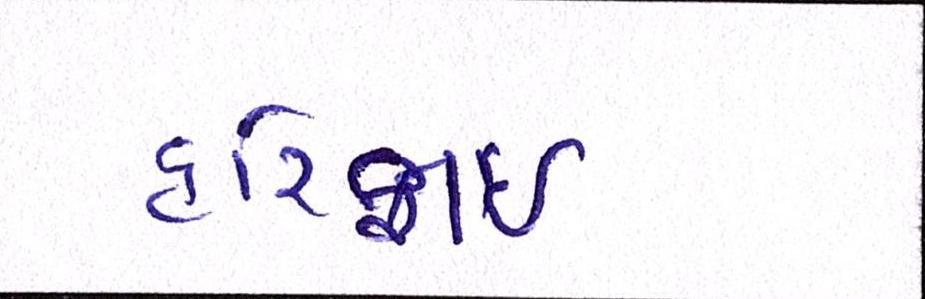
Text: હરિફાઇ